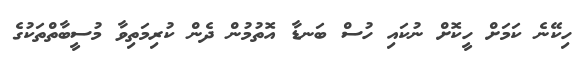
ހިކޭނެ ކަމަށް ހީކޮށް ނުކައި ހުސް ބަނޑާ އޮތުމުން ދެން ކުރިމަތިވާ މުސީބާތްތަކުގެ